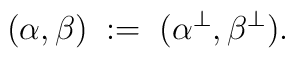
(\alpha,\beta)\;:=\; (\alpha^\bot, \beta^\bot).